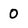
Character: 0